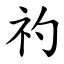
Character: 礿